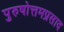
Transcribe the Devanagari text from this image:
पुरुषोत्तमप्रसाद